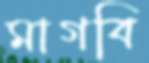
মাগবি